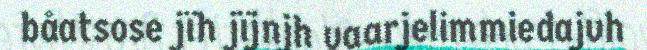
båatsose jïh jïjnjh vaarjelimmiedajvh